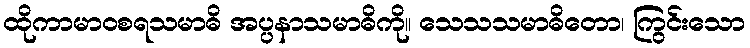
ထိုကာမာဝစရသမာဓိ အပ္ပနာသမာဓိကို။ သေသသမာဓိတော၊ ကြွင်းသော